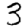
Digit: 3